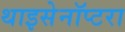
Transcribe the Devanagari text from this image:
थाइसेनॉप्टरा